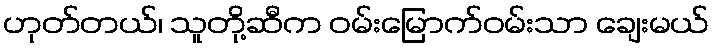
ဟုတ်တယ်၊ သူတို့ဆီက ဝမ်းမြောက်ဝမ်းသာ ချေးမယ်